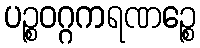
ပဉ္စဝဂ္ဂကရဏဉ္စေ